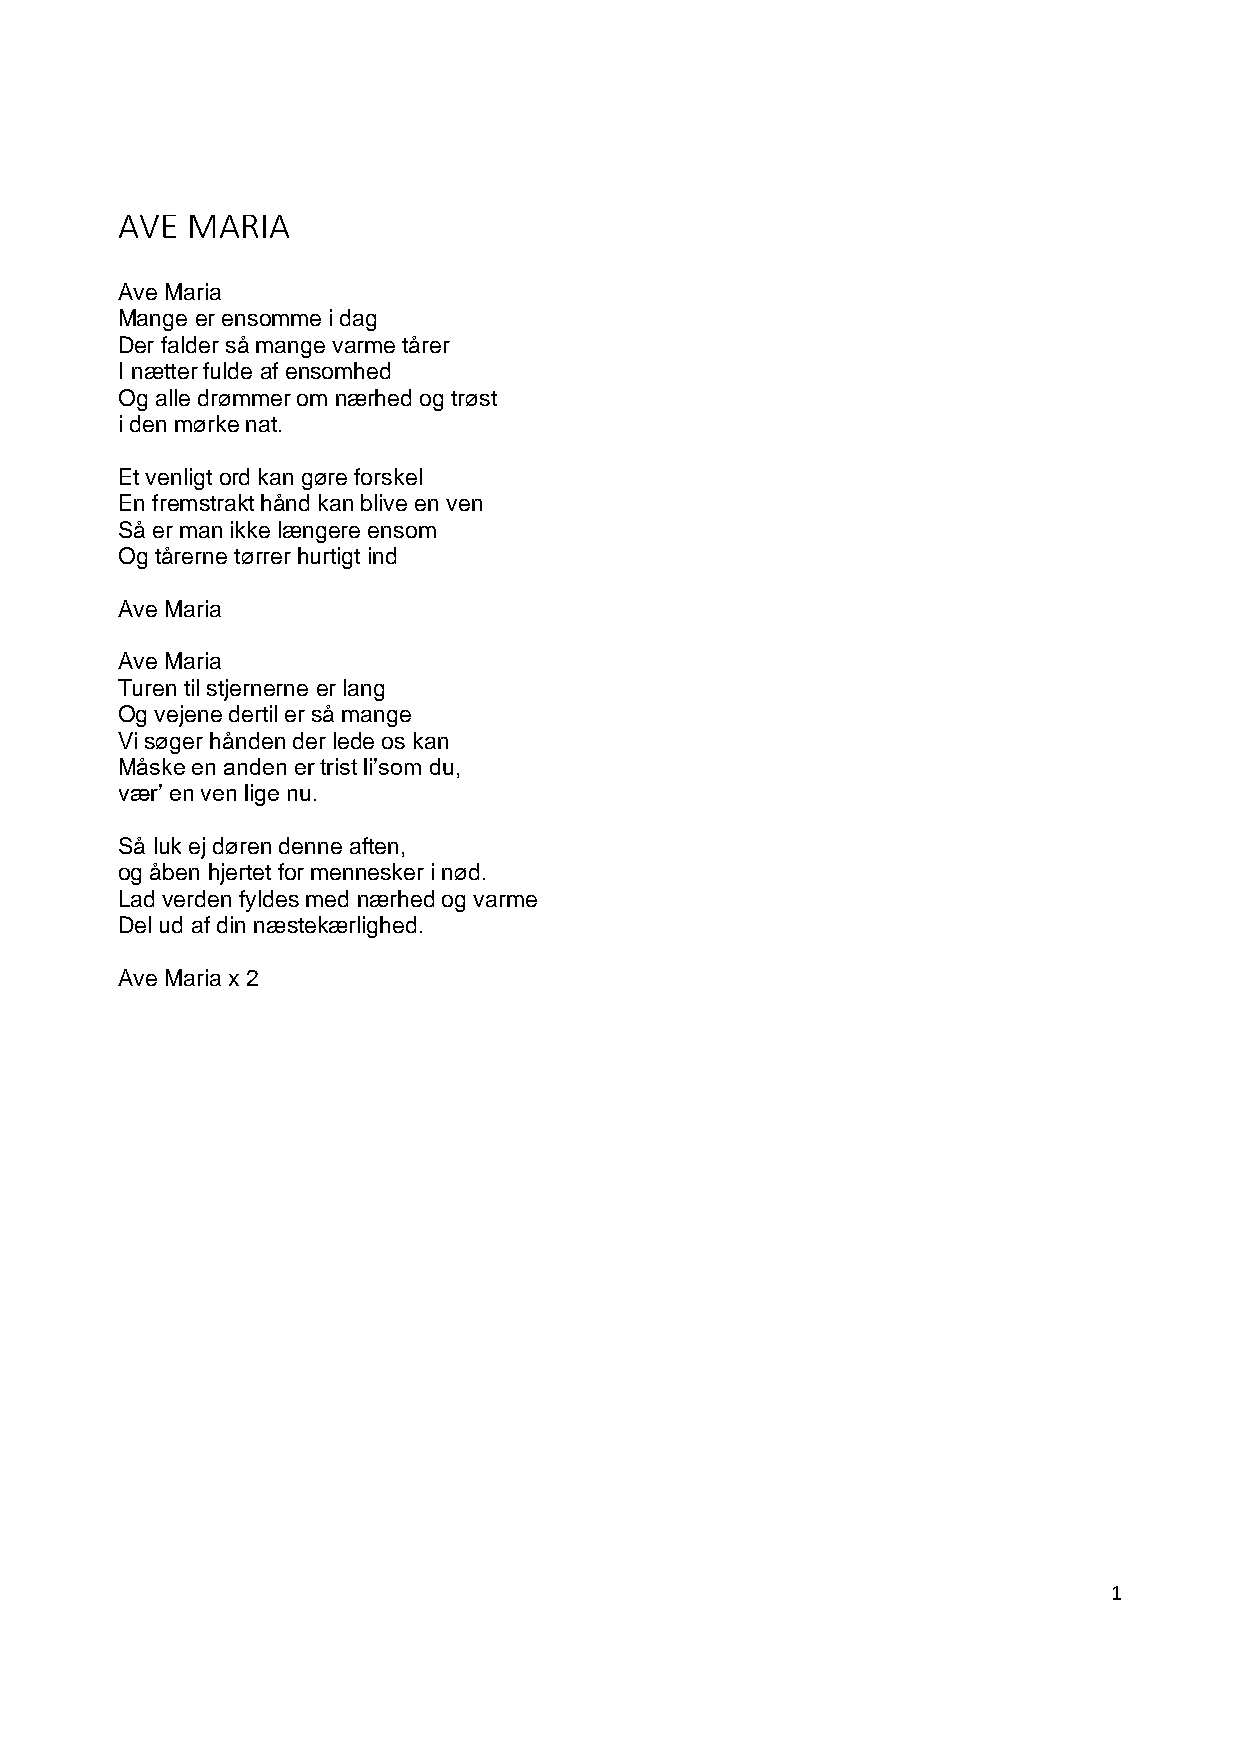
AVE MARIA
 Ave Maria
 Mange er ensomme i dag
 Der falder så mange varme tårer
 I nætter fulde af ensomhed
 Og alle drømmer om nærhed og trøst
 i den mørke nat.
 Et venligt ord kan gøre forskel
 En fremstrakt hånd kan blive en ven
 Så er man ikke længere ensom
 Og tårerne tørrer hurtigt ind
 Ave Maria
 Ave Maria
 Turen til stjernerne er lang
 Og vejene dertil er så mange
 Vi søger hånden der lede os kan
 Måske en anden er trist li’som du,
 vær’ en ven lige nu.
 Så luk ej døren denne aften,
 og åben hjertet for mennesker i nød.
 Lad verden fyldes med nærhed og varme
 Del ud af din næstekærlighed.
 Ave Maria x 2
 1